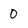
Character: 0